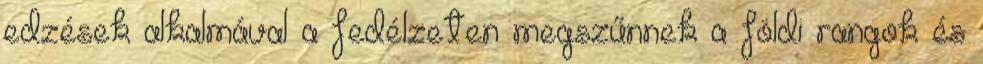
edzések alkalmával a fedélzeten megszűnnek a földi rangok és